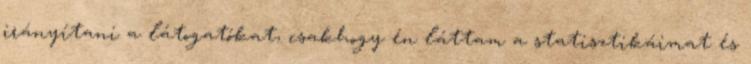
irányítani a látogatókat, csakhogy én láttam a statisztikáimat és